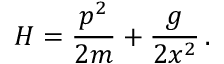
H = { \frac { p ^ { 2 } } { 2 m } } + { \frac { g } { 2 x ^ { 2 } } } \, .